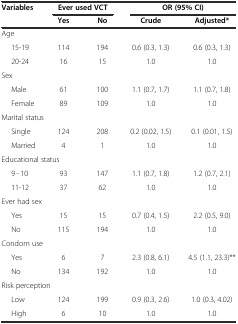
| Variables | <COLSPAN=2> Ever used VCT | <COLSPAN=2> OR (95% CI) |
 |  | Yes | No | Crude | Adjusted* |
 | --- | --- | --- | --- | --- |
 | <COLSPAN=5> Age |
 | 15-19 | 114 | 194 | 0.6 (0.3, 1.3) | 0.6 (0.3, 1.3) |
 | 20-24 | 16 | 15 | 1.0 | 1.0 |
 | <COLSPAN=5> Sex |
 | Male | 61 | 100 | 1.1 (0.7, 1.7) | 1.1 (0.7, 1.8) |
 | Female | 89 | 109 | 1.0 | 1.0 |
 | <COLSPAN=5> Marital status |
 | Single | 124 | 208 | 0.2 (0.02, 1.5) | 0.1 (0.01, 1.5) |
 | Married | 4 | 1 | 1.0 | 1.0 |
 | <COLSPAN=5> Educational status |
 | 9 - 10 | 93 | 147 | 1.1 (0.7, 1.8) | 1.2 (0.7, 2.1) |
 | 11-12 | 37 | 62 | 1.0 | 1.0 |
 | <COLSPAN=5> Ever had sex |
 | Yes | 15 | 15 | 0.7 (0.4, 1.5) | 2.2 (0.5, 9.0) |
 | No | 115 | 194 | 1.0 | 1.0 |
 | <COLSPAN=5> Condom use |
 | Yes | 6 | 7 | 2.3 (0.8, 6.1) | 4.5 (1.1, 23.3)** |
 | No | 134 | 192 | 1.0 | 1.0 |
 | <COLSPAN=5> Risk perception |
 | Low | 124 | 199 | 0.9 (0.3, 2.6) | 1.0 (0.3, 4.02) |
 | High | 6 | 10 | 1.0 | 1.0 |